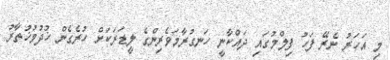
މި އަހަރު ނެރޭ ފަހު ފިލްމުގައި ދައްކާނީ ހަނގުރާމަވެރިންގެ ލީޑަރަކަށް ހުރެގެން ޚުދުމުޚުތާރު